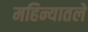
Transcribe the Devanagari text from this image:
महिन्यातले